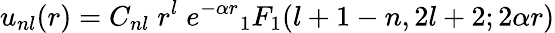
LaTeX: u_{nl}(r)=C_{nl}\; r^{l}\; e^{-\alpha r}{}_{1}F_{1}(l+1-n,2l+2;2\alpha r)